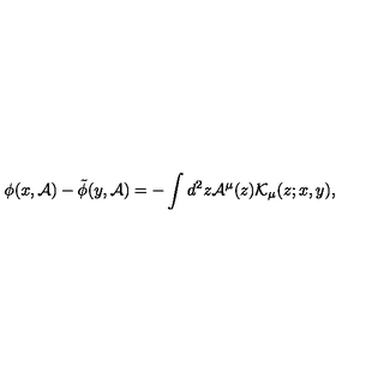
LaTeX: \phi ( x , { \cal A } ) - \tilde { \phi } ( y , { \cal A } ) = - \int d ^ { 2 } z { \cal A } ^ { \mu } ( z ) { \cal K } _ { \mu } ( z ; x , y ) ,